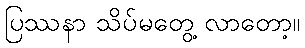
ပြဿနာ သိပ်မတွေ့ လာတော့။